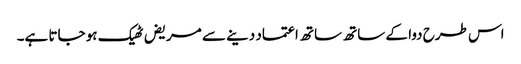
اس طرح دوا کے ساتھ ساتھ اعتماد دینے سے مریض ٹھیک ہو جاتا ہے۔